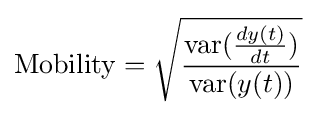
{\text{Mobility}}={\sqrt {\frac {{\text{var}}({\frac {dy(t)}{dt}})}{{\text{var}}(y(t))}}}